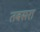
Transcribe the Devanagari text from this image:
तबसरा